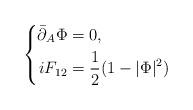
LaTeX: \begin{align*}\left\{\begin{aligned}\bar\partial_A\Phi &=0,\\iF_{12} &=\frac12(1-|\Phi |^2)\end{aligned}\right.\end{align*}